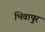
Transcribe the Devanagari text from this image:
भिवापुर